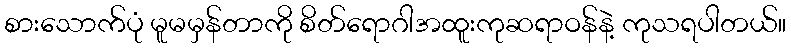
စားသောက်ပုံ မူမမှန်တာကို စိတ်ရောဂါအထူးကုဆရာဝန်နဲ့ ကုသရပါတယ်။